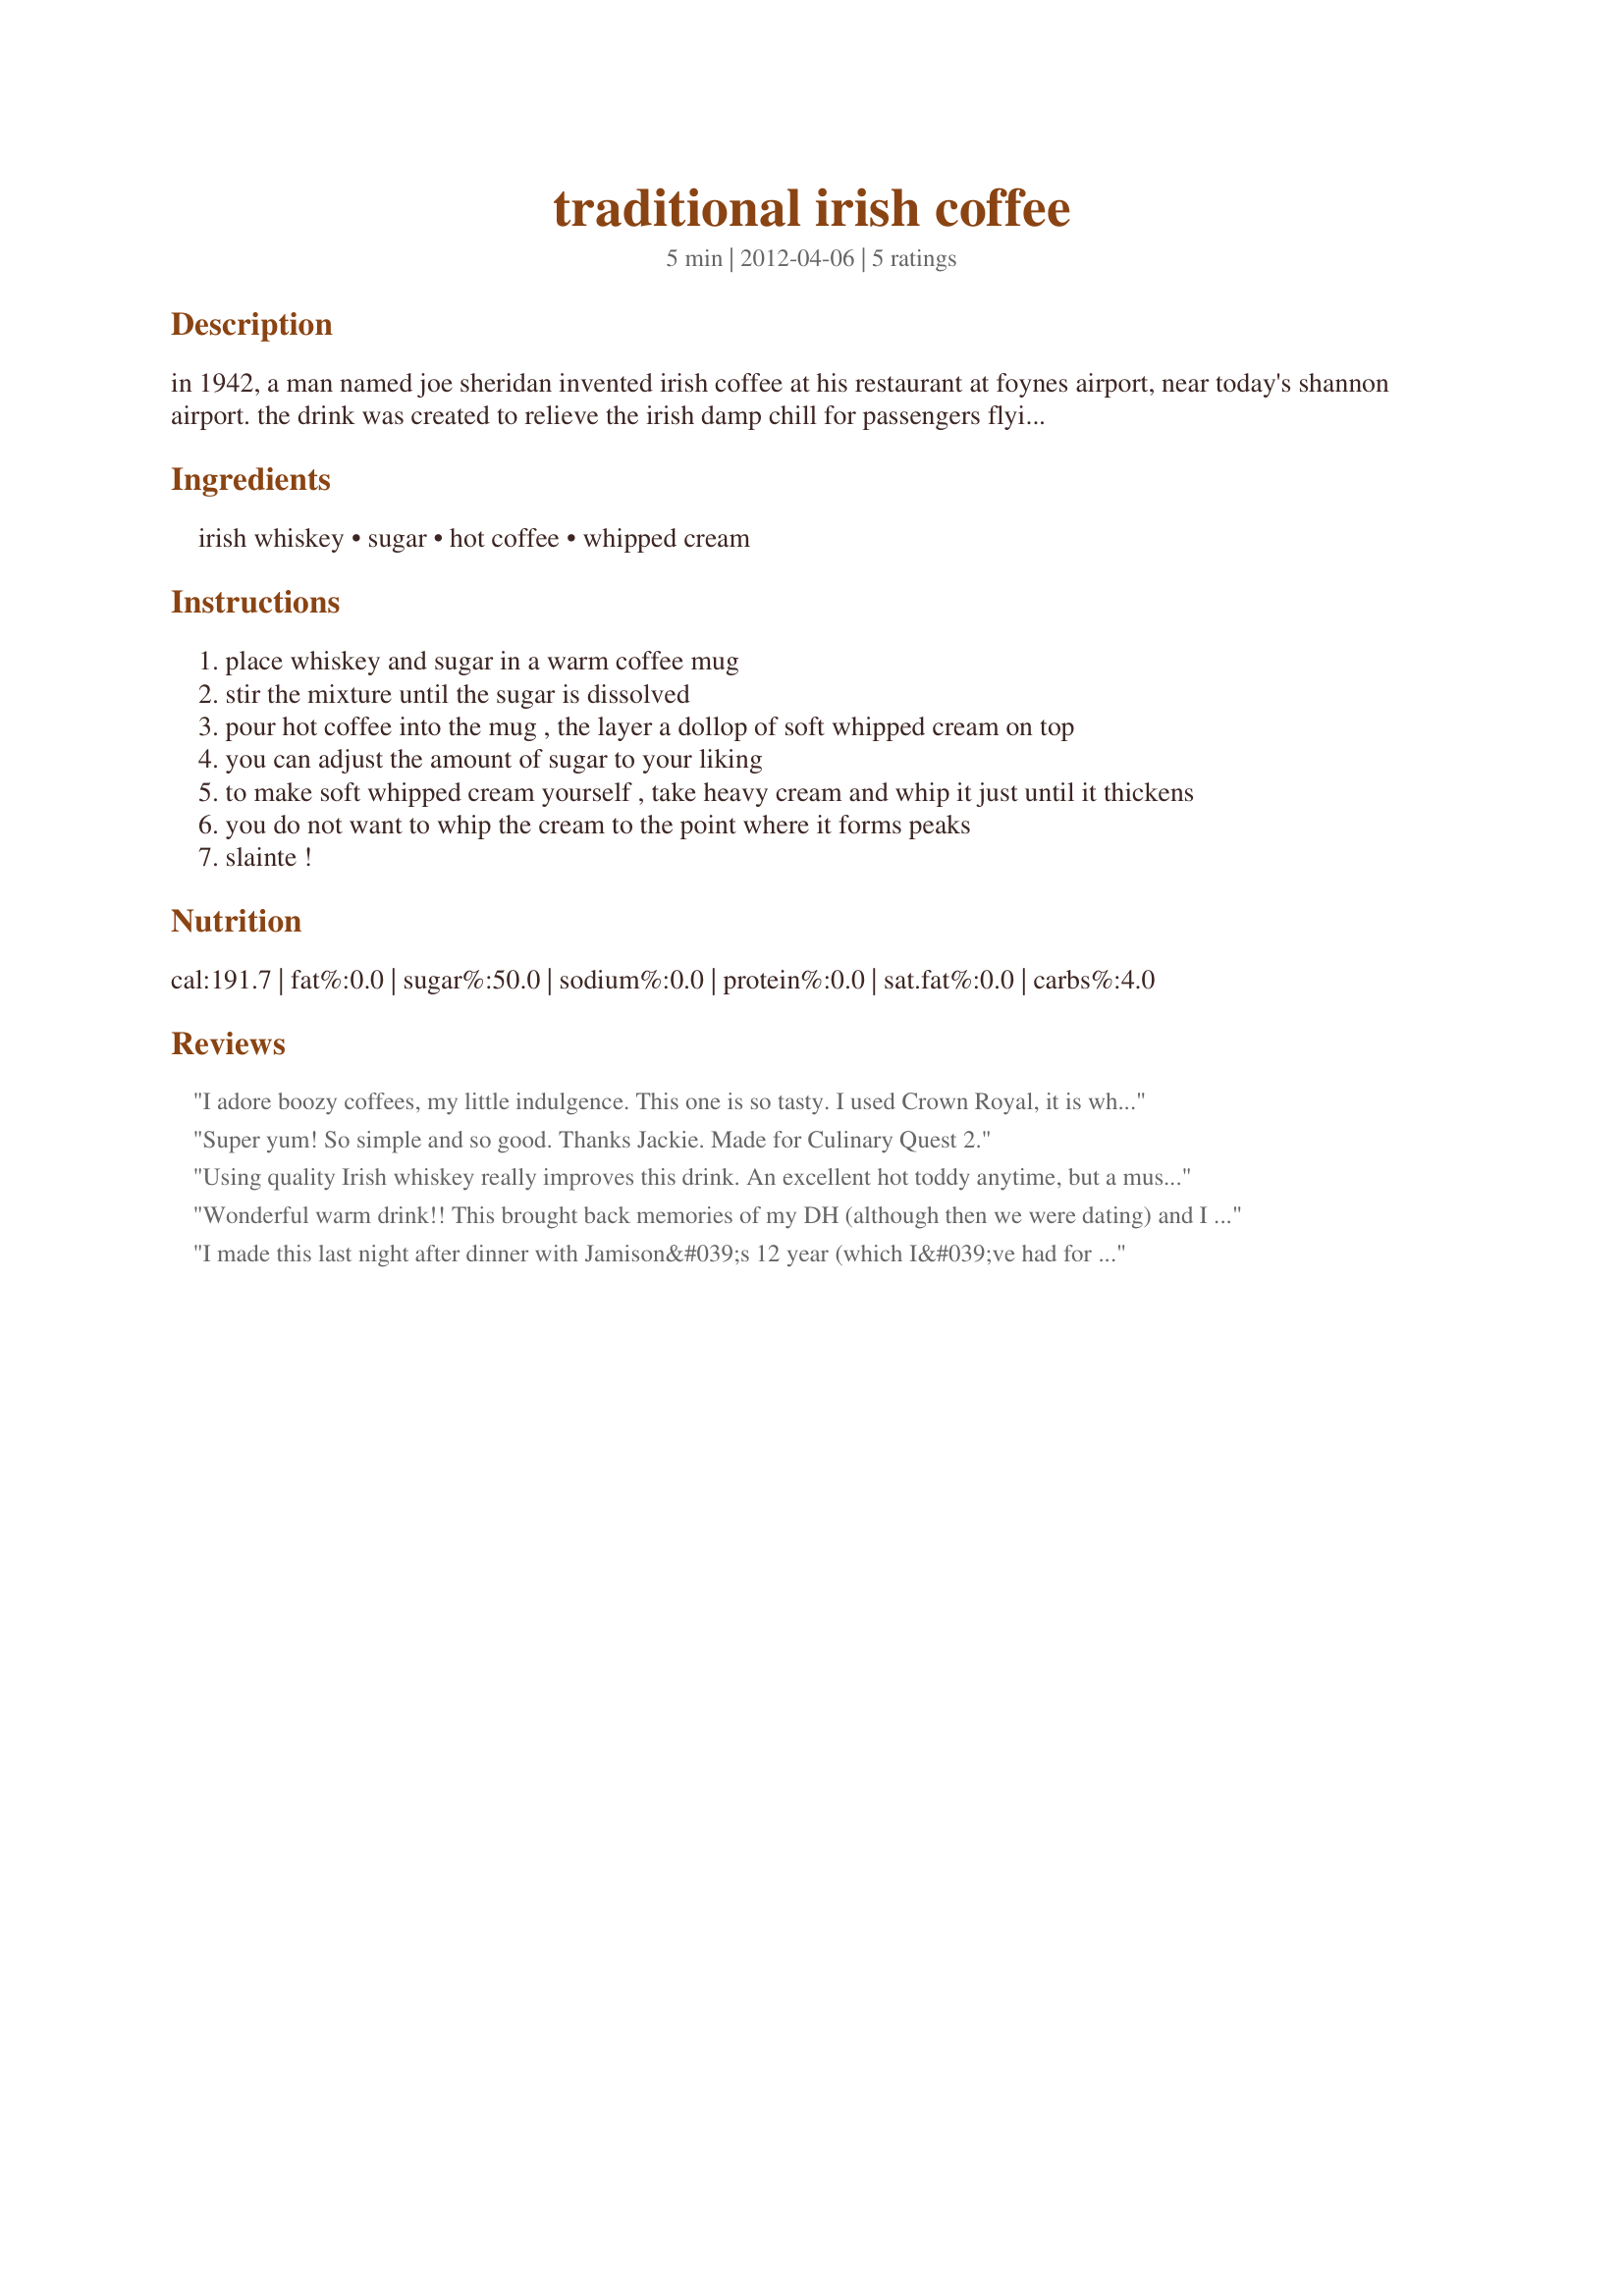
traditional irish coffee
Preparation time: 5 minutes

in 1942, a man named joe sheridan invented irish coffee at his restaurant at foynes airport, near today's shannon airport. the drink was created to relieve the irish damp chill for passengers flying to the united states. stanton delaplane, a writer for the san francisco chronicle, tried irish coffee at shannon shortly after the war. he enjoyed it so much that he brought the recipe home. the first irish coffee in the united states was served at buena vista cafe on november 10, 1952. soon after, more irish coffee was being consumed in san francisco than ireland. this drink might be responsible for single-handedly saving irish whiskey. irish coffee consists of coffee, sugar, irish whiskey, and soft whipped cream. the drink traditionally does not have a maraschino cherry or green creme de menthe on top.

Ingredients:
irish whiskey, sugar, hot coffee, whipped cream

Steps:
place whiskey and sugar in a warm coffee mug
stir the mixture until the sugar is dissolved
pour hot coffee into the mug , the layer a dollop of soft whipped cream on top
you can adjust the amount of sugar to your liking
to make soft whipped cream yourself , take heavy cream and whip it just until it thickens
you do not want to whip the cream to the point where it forms peaks
slainte !

Reviews:
I adore boozy coffees, my little indulgence. This one is so tasty. I used Crown Royal, it is what was in the house and a really bold starbucks French Roasted coffee and a little extra sugar, because I'm not sweet enough. They were incredible together. Nice and warm leaving behind a small glow of happiness. I made this exactly as written, topped with whipped cream it was delicious. Thanks for sharing JackieOhNo!. Made for the Fearless Red Dragons - ZWT8 - Great Britain/Ireland
Super yum! So simple and so good. Thanks Jackie. Made for Culinary Quest 2.
Using quality Irish whiskey really improves this drink. An excellent hot toddy anytime, but a must for St. Patrick's Day.
Wonderful warm drink!! This brought back memories of my DH (although then we were dating) and I when we went skiing and took a break and had some of these in the lodge. I made this as written except I used Nutrasweet for sugar. I used DH's Jameson's Irish Whiskey, shhh!! Thanks for sharing the recipe. Made for ZWT8 Pub Challenge.
I made this last night after dinner with Jamison&#039;s 12 year (which I&#039;ve had for about 12 years!). A rich and mellow coffee that is a real pleasure for slow sipping. This will most certainly will be made again and fairly soon. Made for Culinary Quest 2015.
